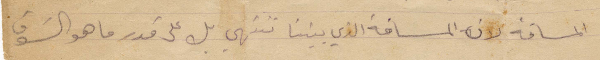
المسافة لأن المسافة الذي بيننا تنتهي بل على قدر ما هو الشوق